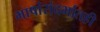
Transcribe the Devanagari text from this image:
भाषांसंदर्भातही